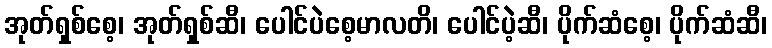
အုတ်ရှစ်စေ့၊ အုတ်ရှစ်ဆီ၊ ပေါင်ပဲစေ့မာလတိ၊ ပေါင်ပဲ့ဆီ၊ ပိုက်ဆံစေ့၊ ပိုက်ဆံဆီ၊